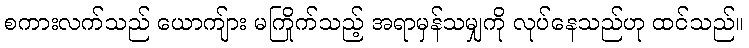
စကားလက်သည် ယောကျ်ား မကြိုက်သည့် အရာမှန်သမျှကို လုပ်နေသည်ဟု ထင်သည်။